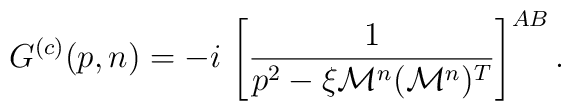
G^{(c)}(p,n)=-i\,\left[\frac{1}{p^2-\xi\mathcal{M}^n(\mathcal{M}^n)^T }\right]^{AB}.